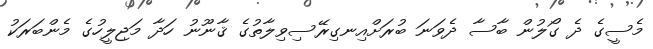
މެސީގެ ދެ ގޯލުން ބާސާ ދެވަނަ ބުރަށްއިނގިރޭސިވިލާތުގެ ޤާނޫނު ހަދާ މަޖިލީހުގެ މެންބަރަކު